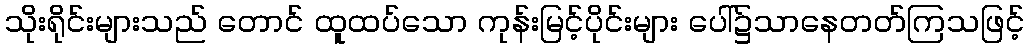
သိုးရိုင်းများသည် တောင် ထူထပ်သော ကုန်းမြင့်ပိုင်းများ ပေါ်၌သာနေတတ်ကြသဖြင့်